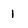
Character: 1